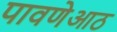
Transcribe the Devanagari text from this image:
पावणेआठ